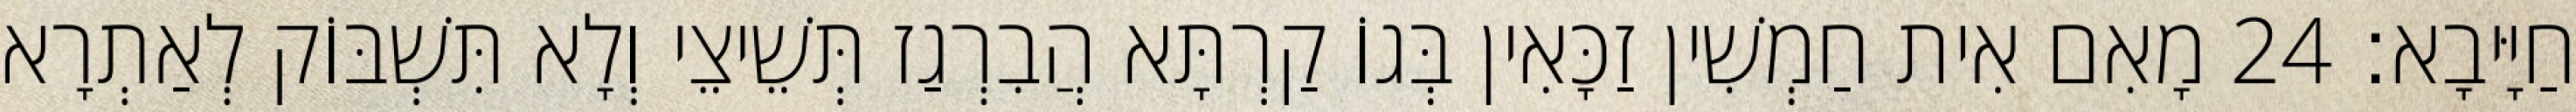
חַיָּיבָא׃ 24 מָאִם אִית חַמְשִׁין זַכָּאִין בְּגוֹ קַרְתָּא הֲבִרְגַז תְּשֵׁיצֵי וְלָא תִּשְׁבּוֹק לְאַתְרָא